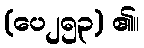
(ပေ၂၅၃) ၏။